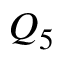
Q _ { 5 }